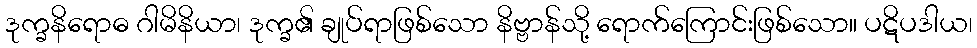
ဒုက္ခနိရောဓ ဂါမိနိယာ၊ ဒုက္ခ၏ ချုပ်ရာဖြစ်သော နိဗ္ဗာန်သို့ ရောက်ကြောင်းဖြစ်သော။ ပဋိပဒါယ၊